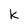
Character: k